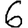
Digit: 6